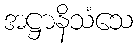
အဋ္ဌာနိသံသေ